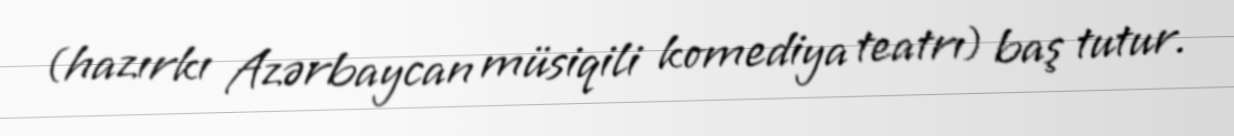
(hazırkı Azərbaycan müsiqili komediya teatrı) baş tutur.